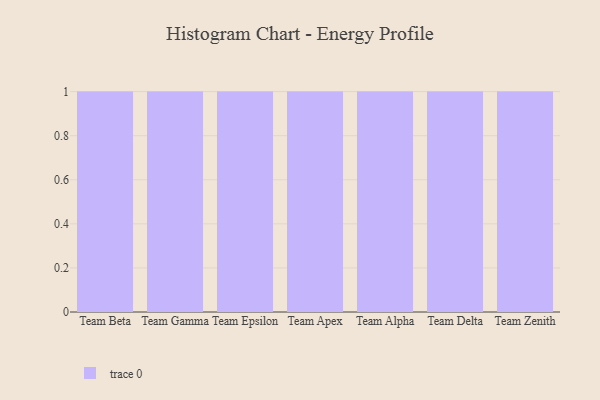
{"axis": {"x": "Team", "y": "Demand Index"}, "legend": [""], "data": [{"x": "Team Beta", "y": 89, "type": ""}, {"x": "Team Gamma", "y": 22, "type": ""}, {"x": "Team Epsilon", "y": 38, "type": ""}, {"x": "Team Apex", "y": 64, "type": ""}, {"x": "Team Alpha", "y": 77, "type": ""}, {"x": "Team Delta", "y": 48, "type": ""}, {"x": "Team Zenith", "y": 34, "type": ""}]}